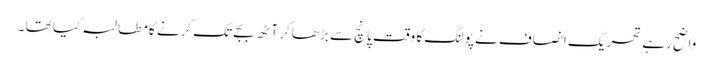
واضح رہے تحریک انصاف نے پولنگ کا وقت پانچ سے بڑھا کر آٹھ بجے تک کرنے کا مطالبہ کیا تھا ۔